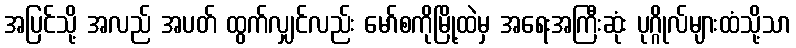
အပြင်သို့ အလည် အပတ် ထွက်လျှင်လည်း မော်စကိုမြို့ထဲမှ အရေးအကြီးဆုံး ပုဂ္ဂိုလ်များထံသို့သာ